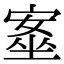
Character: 㝧